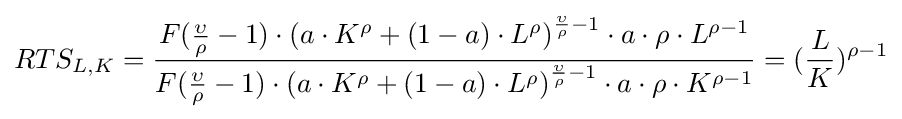
RTS_{L,K}={\frac {F({{\frac {\upsilon }{\rho }}-1})\cdot \left(a\cdot K^{\rho }+(1-a)\cdot L^{\rho }\right)^{{\frac {\upsilon }{\rho }}-1}\cdot a\cdot \rho \cdot L^{\rho -1}}{F({{\frac {\upsilon }{\rho }}-1})\cdot \left(a\cdot K^{\rho }+(1-a)\cdot L^{\rho }\right)^{{\frac {\upsilon }{\rho }}-1}\cdot a\cdot \rho \cdot K^{\rho -1}}}=({\frac {L}{K}})^{\rho -1}